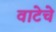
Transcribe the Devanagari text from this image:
वाटेचे